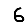
Digit: 6